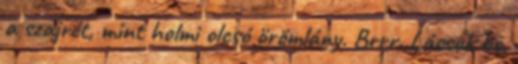
a szajrét, mint holmi olcsó örömlány. Brrr. Lássuk be,